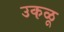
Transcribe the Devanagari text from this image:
उकळू